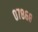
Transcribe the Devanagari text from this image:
०७८६८